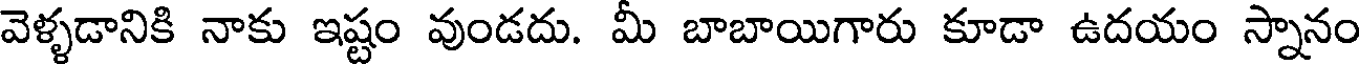
వెళ్ళడానికి నాకు ఇష్టం వుండదు. మీ బాబాయిగారు కూడా ఉదయం స్నానం